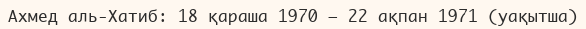
Ахмед аль-Хатиб: 18 қараша 1970 — 22 ақпан 1971 (уақытша)